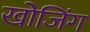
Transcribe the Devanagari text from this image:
खोजिंग